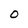
Character: 0